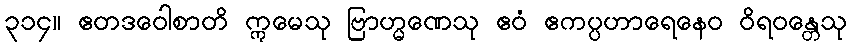
၃၁၄။ ဧတဒဝေါစာတိ ဣမေသု ဗြာဟ္မဏေသု ဧဝံ ဧကပ္ပဟာရေနေဝ ဝိရဝန္တေသု